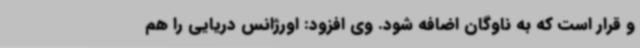
و قرار است که به ناوگان اضافه شود. وی افزود: اورژانس دریایی را هم